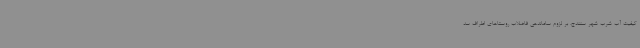
کیفیت آب شرب شهر سنندج، بر لزوم ساماندهی فاضلاب روستاهای اطراف سد